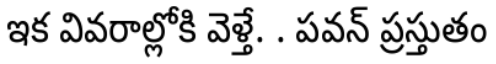
ఇక వివరాల్లోకి వెళ్తే. . పవన్ ప్రస్తుతం